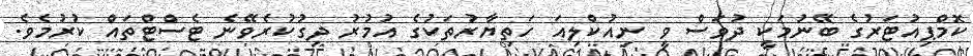
ކޮމްޕިއުޓަރުގެ ބޭނުމަކީ ދުވަސް ވީ ނިއުކްލިއަ ހަތިޔާރުތަކުގެ އުމުރު ދިގުކުރެވޭނެ ޓެސްޓްތައް ކުރުމެވެ.